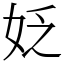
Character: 姂